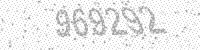
Solution: 969292